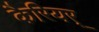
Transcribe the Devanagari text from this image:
कैरियर्